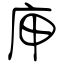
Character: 庘